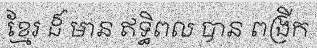
ខ្មែរ ដ៏ មាន ឥទ្ធិពល បាន ពង្រីក